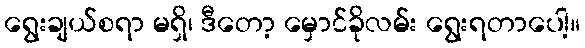
ရွေးချယ်စရာ မရှိ၊ ဒီတော့ မှောင်ခိုလမ်း ရွေးရတာပေါ့။